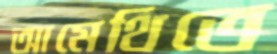
আমেথিতে